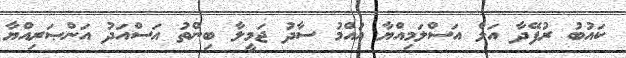
ކައުބު ރުފޭދާ އަލް އަސްލަމިއްޔާ އުއްމު ސާދު ޖަމީލާ ބިންތު އަސްއަދު އަންޞަރިއްޔާ